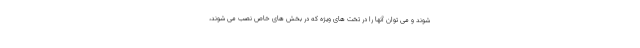
شوند و می توان آنها را در تخت های ویژه که در بخش های خاص نصب می شوند،